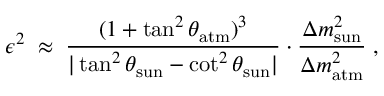
\epsilon ^ { 2 } \; \approx \; \frac { ( 1 + \tan ^ { 2 } \theta _ { \mathrm { a t m } } ) ^ { 3 } } { | \tan ^ { 2 } \theta _ { \mathrm { s u n } } - \cot ^ { 2 } \theta _ { \mathrm { s u n } } | } \cdot \frac { \Delta m _ { \mathrm { s u n } } ^ { 2 } } { \Delta m _ { \mathrm { a t m } } ^ { 2 } } \; ,